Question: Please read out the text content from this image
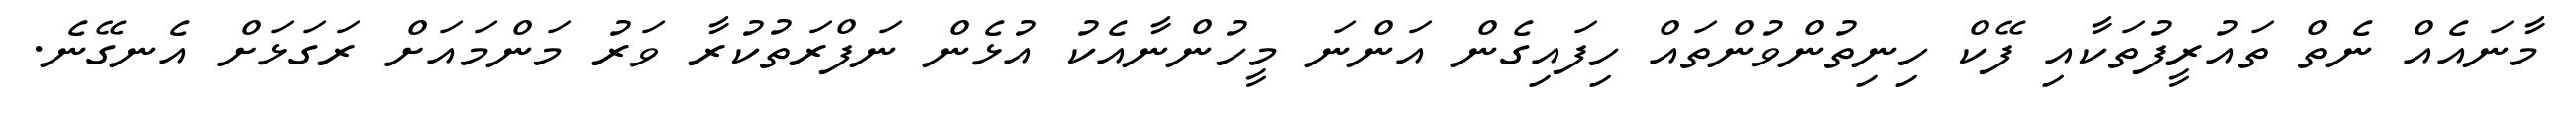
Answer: މާނައެއް ނެތް ތައުރީފުތަކާއި ފޭކް ހިނިތުންވުންތައް ހިފައިގެން އަންނަ މީހުންނާއެކު އުޅެން ނަފްރަތުކުރާ ވަރު މަންމައަށް ރަގަޅަށް އެނގޭނެ.